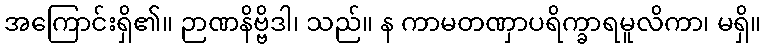
အကြောင်းရှိ၏။ ဉာဏနိဗ္ဗိဒါ၊ သည်။ န ကာမတဏှာပရိက္ခာရမူလိကာ၊ မရှိ။